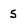
Character: 5